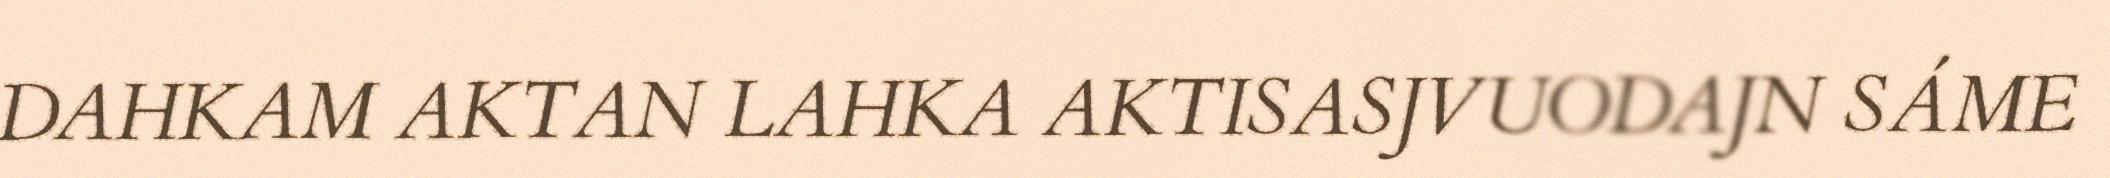
DAHKAM AKTAN LAHKA AKTISASJVUODAJN SÁME